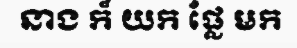
នាង ក៏ យក ផ្លែ មក